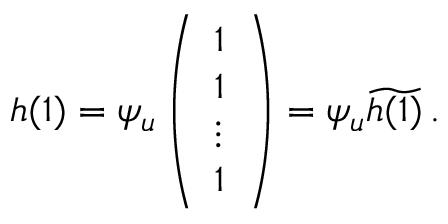
h ( 1 ) = \psi _ { u } \left( \begin{array} { l } { 1 } \\ { 1 } \\ { \vdots } \\ { 1 } \end{array} \right) = \psi _ { u } \widetilde { h ( 1 ) } \, .